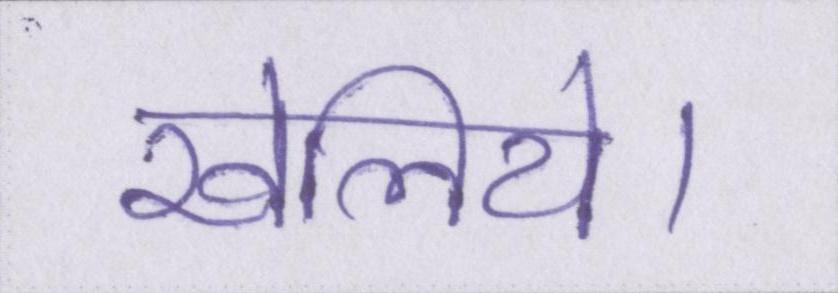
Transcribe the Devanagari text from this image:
खेलिये।